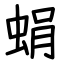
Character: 蜎